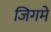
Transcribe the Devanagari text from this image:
जिगमे